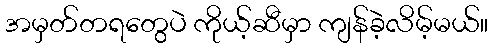
အမှတ်တရတွေပဲ ကိုယ့်ဆီမှာ ကျန်ခဲ့လိမ့်မယ်။